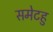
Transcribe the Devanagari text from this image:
समेटहु